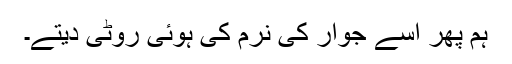
ہم پھر اُسے جوار کی نرم کی ہوئی روٹی دیتے۔